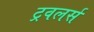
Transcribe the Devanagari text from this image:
ट्रवलर्स